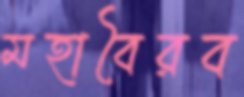
মহাবৈরব